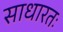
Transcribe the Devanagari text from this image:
साधारतः